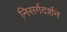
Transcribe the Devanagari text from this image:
निसर्गदर्शन